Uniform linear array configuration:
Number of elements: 4
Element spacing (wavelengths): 0.75
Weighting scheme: kaiser
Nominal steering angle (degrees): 0
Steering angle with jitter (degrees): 1.089
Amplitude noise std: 0.05
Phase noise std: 0.05

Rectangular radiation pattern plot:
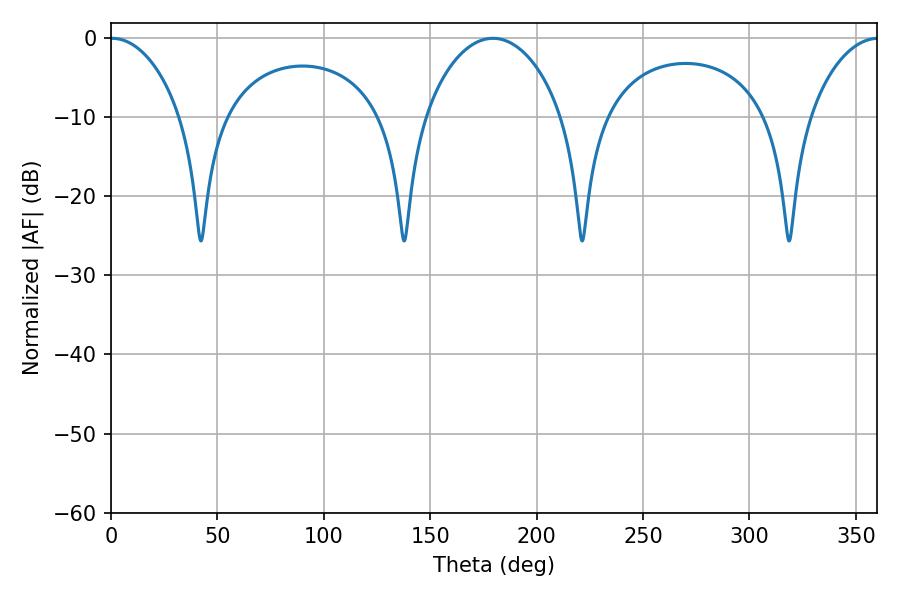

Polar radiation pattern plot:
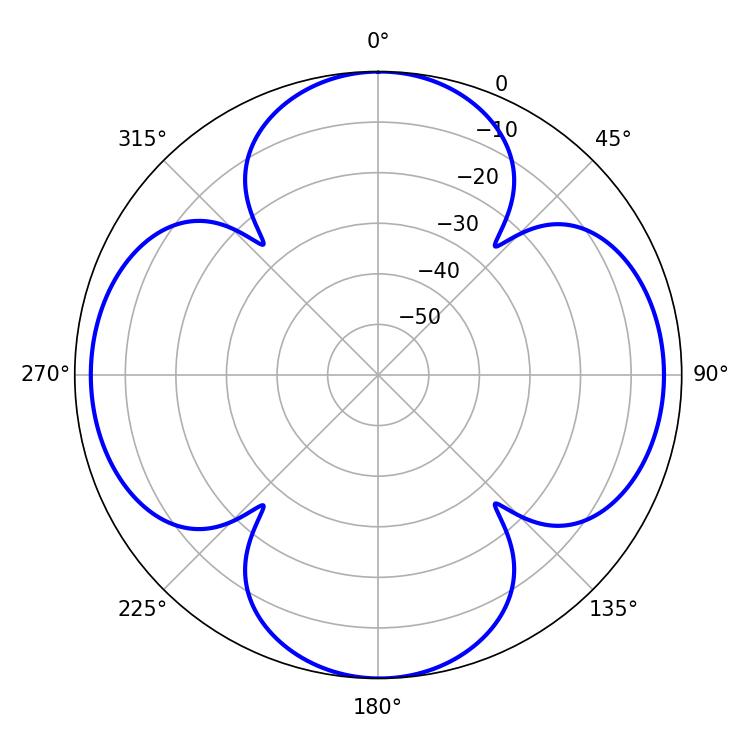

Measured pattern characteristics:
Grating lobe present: TRUE
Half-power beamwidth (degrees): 18.9
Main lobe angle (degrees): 0.54